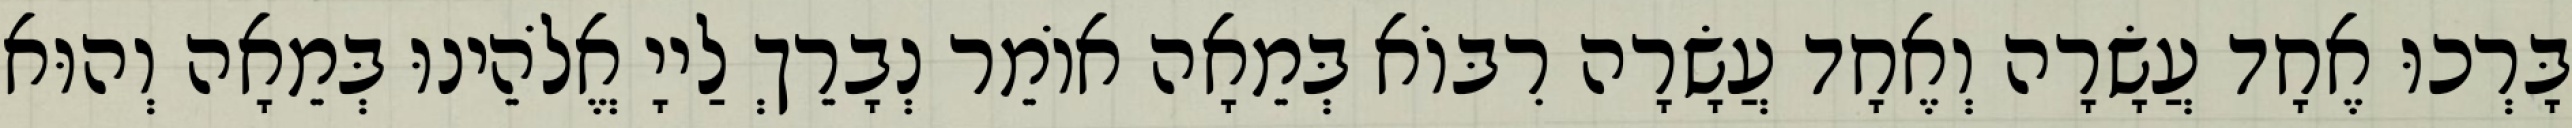
בָּרְכוּ אֶחָד עֲשָׂרָה וְאֶחָד עֲשָׂרָה רִבּוֹא בְּמֵאָה אוֹמֵר נְבָרֵךְ לַייָ אֱלֹהֵינוּ בְּמֵאָה וְהוּא